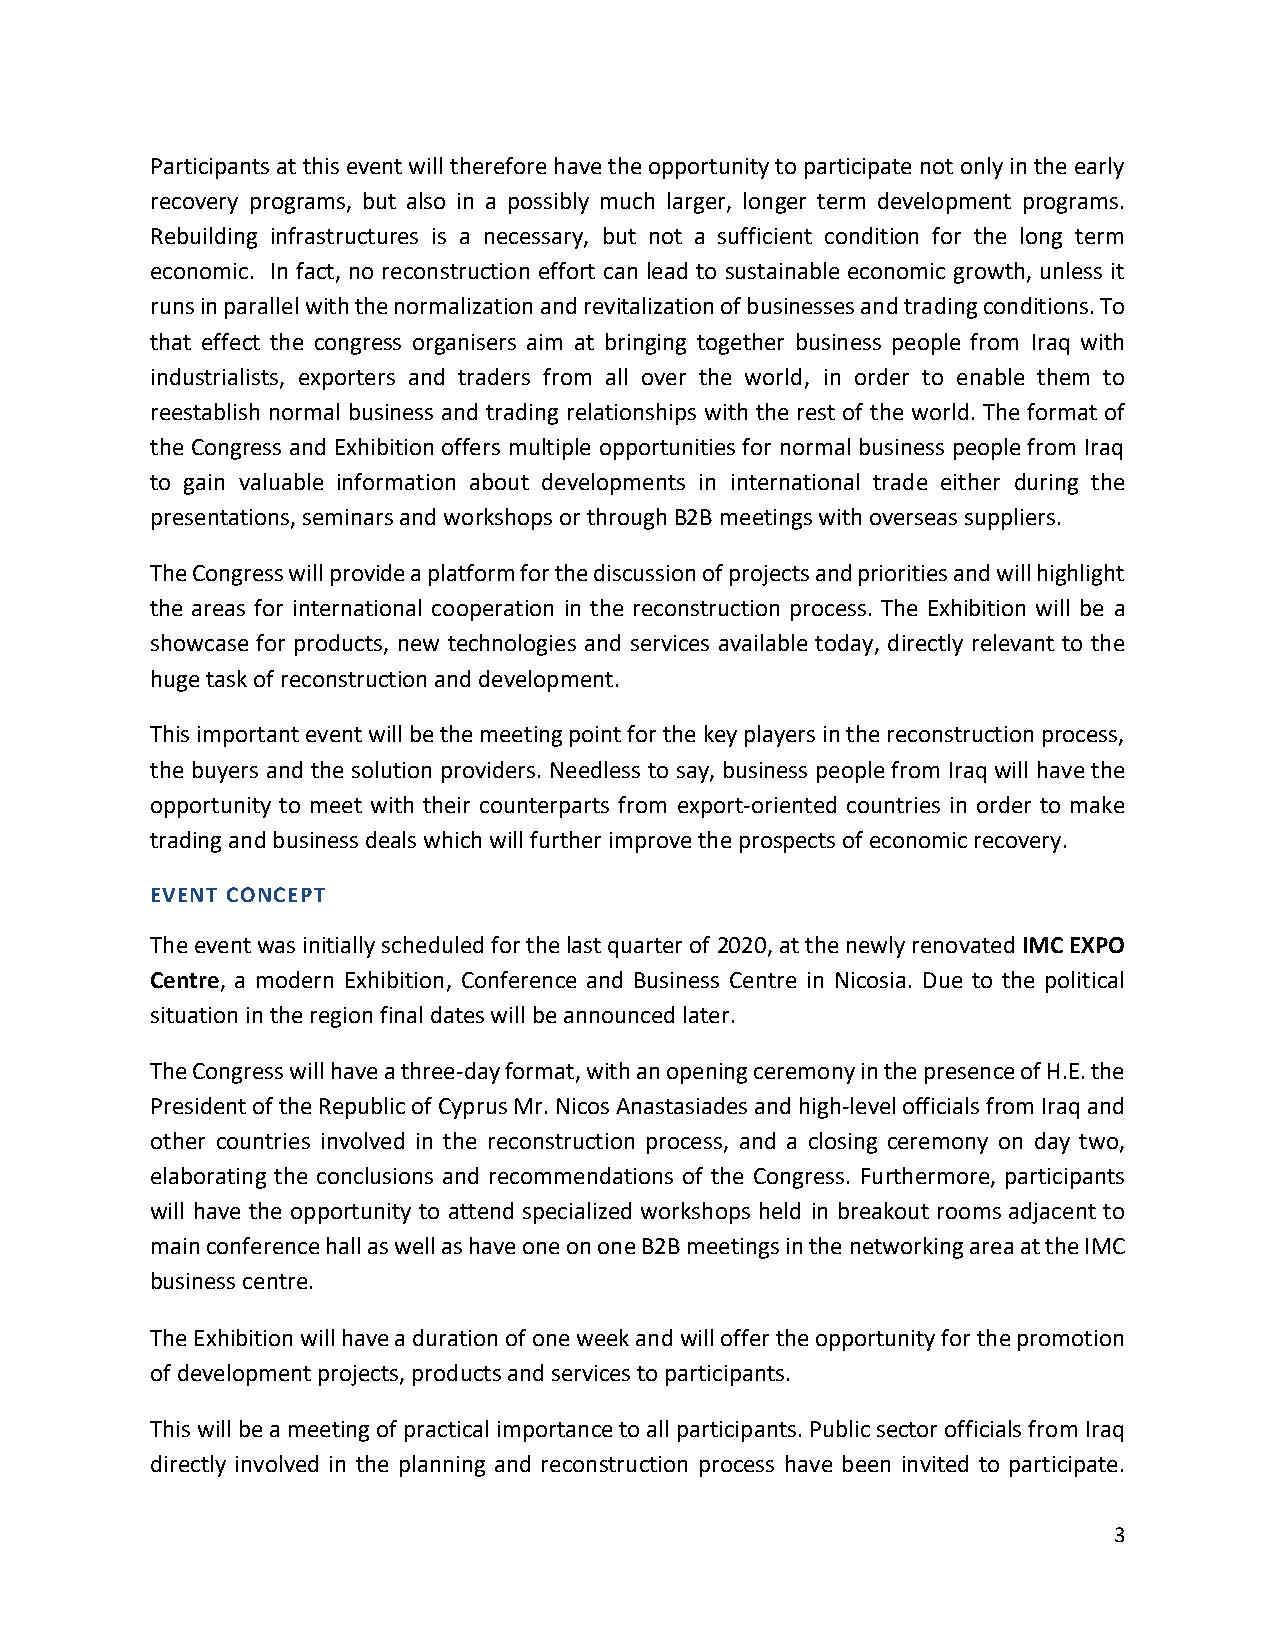
Participants at this event will therefore have the opportunity to participate not only in the early
 recovery programs, but also in a possibly much larger, longer term development programs.
 Rebuilding infrastructures is a necessary, but not a sufficient condition for the long term
 economic. In fact, no reconstruction effort can lead to sustainable economic growth, unless it
 runs in parallel with the normalization and revitalization of businesses and trading conditions. To
 that effect the congress organisers aim at bringing together business people from Iraq with
 industrialists, exporters and traders from all over the world, in order to enable them to
 reestablish normal business and trading relationships with the rest of the world. The format of
 the Congress and Exhibition offers multiple opportunities for normal business people from Iraq
 to gain valuable information about developments in international trade either during the
 presentations, seminars and workshops or through B2B meetings with overseas suppliers.
 The Congress will provide a platform for the discussion of projects and priorities and will highlight
 the areas for international cooperation in the reconstruction process. The Exhibition will be a
 showcase for products, new technologies and services available today, directly relevant to the
 huge task of reconstruction and development.
 This important event will be the meeting point for the key players in the reconstruction process,
 the buyers and the solution providers. Needless to say, business people from Iraq will have the
 opportunity to meet with their counterparts from export-oriented countries in order to make
 trading and business deals which will further improve the prospects of economic recovery.
 EVENT CONCEPT
 The event was initially scheduled for the last quarter of 2020, at the newly renovated IMC EXPO
 Centre, a modern Exhibition, Conference and Business Centre in Nicosia. Due to the political
 situation in the region final dates will be announced later.
 The Congress will have a three-day format, with an opening ceremony in the presence of H.E. the
 President of the Republic of Cyprus Mr. Nicos Anastasiades and high-level officials from Iraq and
 other countries involved in the reconstruction process, and a closing ceremony on day two,
 elaborating the conclusions and recommendations of the Congress. Furthermore, participants
 will have the opportunity to attend specialized workshops held in breakout rooms adjacent to
 main conference hall as well as have one on one B2B meetings in the networking area at the IMC
 business centre.
 The Exhibition will have a duration of one week and will offer the opportunity for the promotion
 of development projects, products and services to participants.
 This will be a meeting of practical importance to all participants. Public sector officials from Iraq
 directly involved in the planning and reconstruction process have been invited to participate.
 3